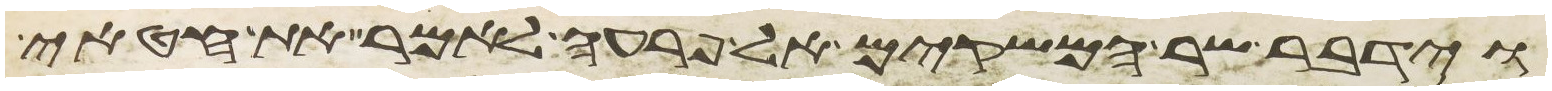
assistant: וידבר שר המשקים אל פרעה לאמר את חטאי